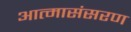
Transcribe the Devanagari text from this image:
आत्मासंसरण